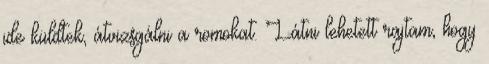
ide küldtek, átvizsgálni a romokat. Látni lehetett rajtam, hogy